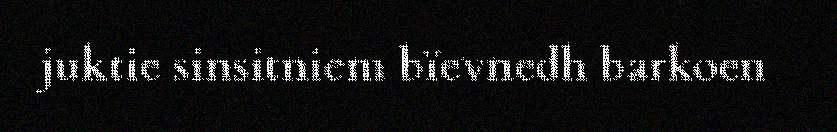
juktie sinsitniem bïevnedh barkoen